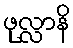
ဖုလ္လာနိ